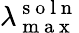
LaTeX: \lambda_{\mathrm{~m~a~x~}}^{\mathrm{~s~o~l~n~}}